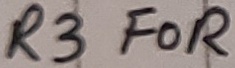
Text: R3 FOR